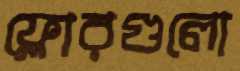
ফ্লোরগুলো